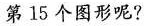
第 15个 图形呢?